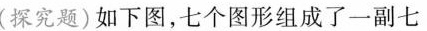
(探究题)如下图，七个图形组成了一副七